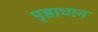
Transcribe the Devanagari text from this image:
पृष्ठाधान